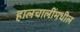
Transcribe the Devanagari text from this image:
हालचालींमधील